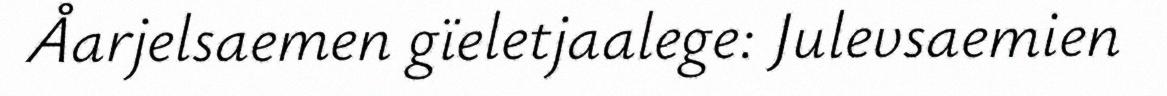
Åarjelsaemen gïeletjaalege: Julevsaemien